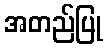
အတည်ပြု